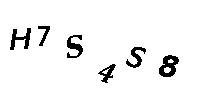
H7S4S8